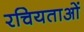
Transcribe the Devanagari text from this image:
रचियताओं